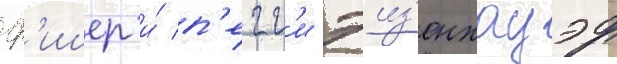
ф'ишер и́ п'егг'и эиз'енхауэр